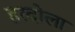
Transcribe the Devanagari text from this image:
हरदोला